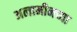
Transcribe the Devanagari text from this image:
अलामीनच्या